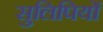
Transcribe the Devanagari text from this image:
सुलिपियों